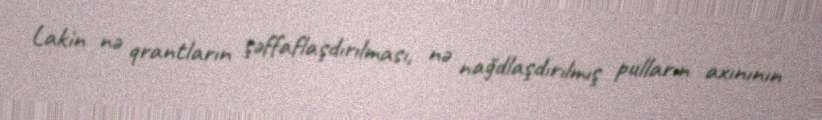
Lakin nə qrantların şəffaflaşdırılması, nə nağdlaşdırılmış pulların axınının